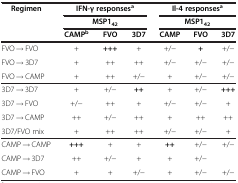
<table><thead><tr><td><b>Regimen</b></td><td colspan="3"><b>IFN-γ responses<sup>a</sup></b></td><td colspan="3"><b>Il-4 responses<sup>a</sup></b></td></tr><tr><td><b> </b></td><td colspan="3"><b>MSP1<sub>42</sub></b></td><td colspan="3"><b>MSP1<sub>42</sub></b></td></tr><tr><td><b> </b></td><td><b>CAMP<sup>b</sup></b></td><td><b>FVO</b></td><td><b>3D7</b></td><td><b>CAMP</b></td><td><b>FVO</b></td><td><b>3D7</b></td></tr></thead><tbody><tr><td>FVO → FVO</td><td>+</td><td><b>+++</b></td><td>+</td><td>+/−</td><td><b>+</b></td><td>+/−</td></tr><tr><td>FVO → 3D7</td><td>+</td><td>++</td><td>++</td><td>+/−</td><td>+/−</td><td>+/−</td></tr><tr><td>FVO → CAMP</td><td>+</td><td>++</td><td>+/−</td><td>+</td><td>+/−</td><td>+/−</td></tr><tr><td>3D7 → 3D7</td><td>+</td><td>+/−</td><td><b>++</b></td><td>+</td><td>+/−</td><td><b>+++</b></td></tr><tr><td>3D7 → FVO</td><td>+/−</td><td>++</td><td>+</td><td>+/−</td><td>+/−</td><td>+</td></tr><tr><td>3D7 → CAMP</td><td>++</td><td>+/−</td><td>++</td><td>+</td><td>++</td><td>++</td></tr><tr><td>3D7/FVO mix</td><td>+</td><td>++</td><td>++</td><td>+/−</td><td>+/−</td><td>+</td></tr><tr><td>CAMP → CAMP</td><td><b>+++</b></td><td>+</td><td>+</td><td><b>++</b></td><td>+/−</td><td>+/−</td></tr><tr><td>CAMP → 3D7</td><td>++</td><td>+/−</td><td>+</td><td>+</td><td>+/−</td><td> </td></tr><tr><td>CAMP → FVO</td><td>+</td><td>+</td><td>+/−</td><td>+</td><td>+/−</td><td>+/−</td></tr></tbody></table>